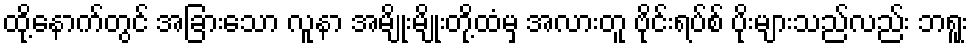
ထို့နောက်တွင် အခြားသော လူနာ အမျိုးမျိုးတို့ထံမှ အလားတူ ဗိုင်းရပ်စ် ပိုးများသည်လည်း ဘရူး